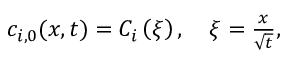
\begin{array} { r } { c _ { i , 0 } ( x , t ) = C _ { i } \left( \xi \right) , \quad \xi = \frac { x } { \sqrt { t } } , } \end{array}